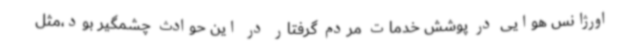
اورژانس هوایی در پوشش خدمات مردم گرفتار در این حوادث چشمگیر بود،مثل